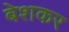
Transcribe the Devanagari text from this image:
बेशकर